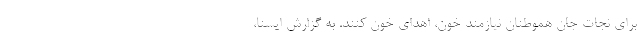
برای نجات جان هموطنان نیازمند خون، اهدای خون کنند. به گزارش ایسنا،